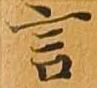
言